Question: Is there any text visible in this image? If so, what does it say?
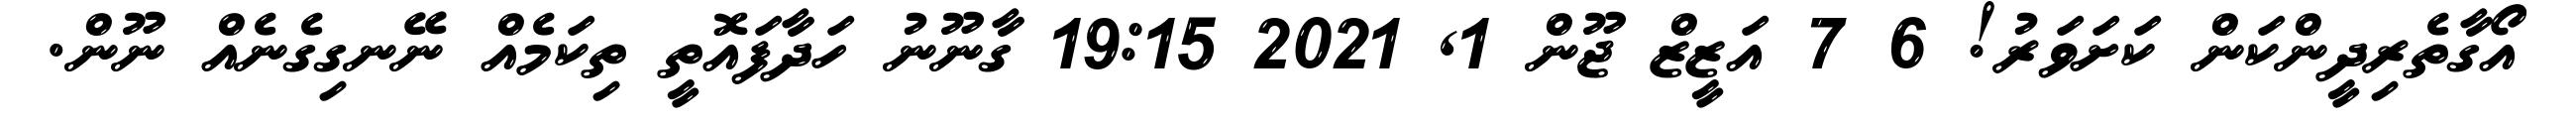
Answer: އޯގާތެރިދީންކަން ކަށަވަރު! 6 7 އަޒީޒް ޖޫން 1, 2021 19:15 ގާނޫނު ހަދާފައޮތީ ތިކަމެއް ނޭނގިގެނެއް ނޫން.